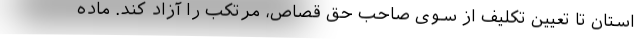
استان تا تعیین تکلیف از سوی صاحب حق قصاص، مرتکب را آزاد کند. ماده